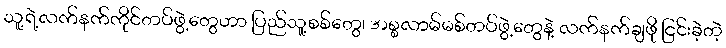
သူ့ရဲ့လက်နက်ကိုင်တပ်ဖွဲ့တွေဟာ ပြည်သူ့စစ်တွေ၊ အစ္စလာမ်မစ်တပ်ဖွဲ့တွေနဲ့ လက်နက်ချဖို ငြင်းခဲ့တဲ့